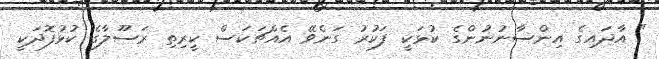
" އާދައިގެ އިންސާނުނުންގެ ކުޅަކީ ފަކުރު ގަނެވޭ އެއްޗަކަސް ކީރިތި ރަސޫލާގެ ކުޅުފޮދަކީ